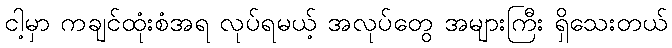
ငါ့မှာ ကချင်ထုံးစံအရ လုပ်ရမယ့် အလုပ်တွေ အများကြီး ရှိသေးတယ်